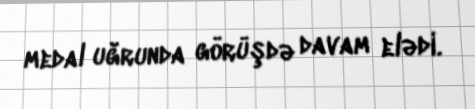
medal uğrunda görüşdə davam elədi.